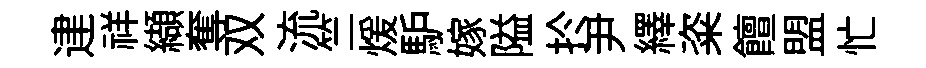
䢖祥纈奪双流竺煖馿嫁隘扵尹繹粢饘盟忙